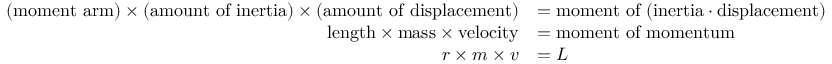
{ \begin{array} { r l } { ( { \mathrm { m o m e n t ~ a r m } } ) \times ( { \mathrm { a m o u n t ~ o f ~ i n e r t i a } } ) \times ( { \mathrm { a m o u n t ~ o f ~ d i s p l a c e m e n t } } ) } & { = { \mathrm { m o m e n t ~ o f ~ ( i n e r t i a ⋅ d i s p l a c e m e n t ) } } } \\ { { \mathrm { l e n g t h } } \times { \mathrm { m a s s } } \times { \mathrm { v e l o c i t y } } } & { = { \mathrm { m o m e n t ~ o f ~ m o m e n t u m } } } \\ { r \times m \times v } & { = L } \end{array} }